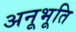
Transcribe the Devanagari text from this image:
अनूभूति